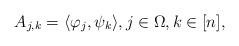
LaTeX: \begin{align*}A_{j,k} = \langle \varphi_j, \psi_k\rangle, j \in \Omega, k \in [n],\end{align*}